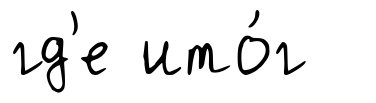
гд'е ито́г